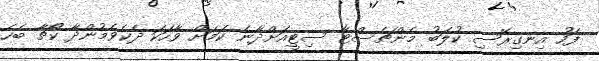
ފަހު އިނގިރޭސި ކުލަބު މެންޗެސްޓާ ސިޓީއަށްދާނެ ކަމަށް ވާހަކަ ދެކެވެމުންދާ ކޯޗާ ބެހެ